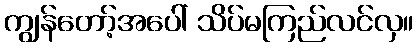
ကျွန်တော့်အပေါ် သိပ်မကြည်လင်လှ။